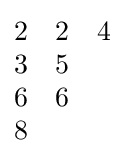
{\begin{matrix}2&2&4\\3&5\\6&6\\8\end{matrix}}